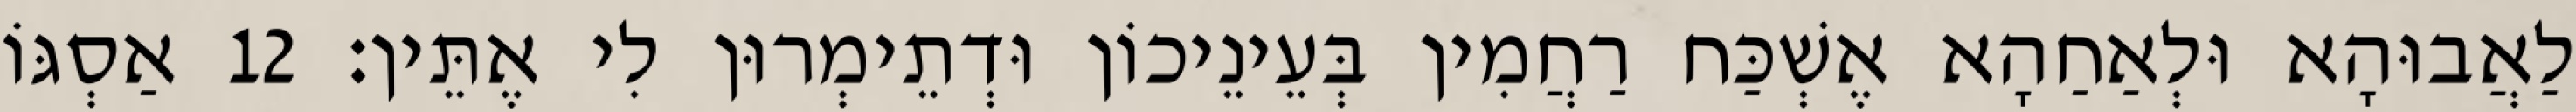
לַאֲבוּהָא וּלְאַחַהָא אֶשְׁכַּח רַחֲמִין בְּעֵינֵיכוֹן וּדְתֵימְרוּן לִי אֶתֵּין׃ 12 אַסְגּוֹ